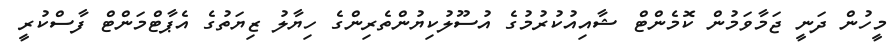
މީހުން ދަނީ ޖަމާވަމުން ކޮމެންޓް ޝާއިއުކުރުމުގެ އުސޫލުކިޔުންތެރިންގެ ހިޔާލު ޒިޔަތުގެ އެޕާޓްމަންޓް ފާސްކުރީ